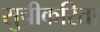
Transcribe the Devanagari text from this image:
सुचीकरिता